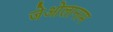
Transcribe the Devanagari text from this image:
जेओलानाम